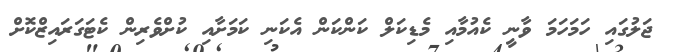
ޖަލުގައި ހަމަހަމަ ވާނީ ކެއުމާއި މެޑިކަލް ކަންކަން އެކަނި ކަމަށާއި ކުށްވެރިން ކެޓަގަރައިޒްކޮށް